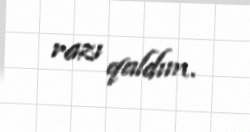
razı qaldım.